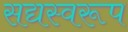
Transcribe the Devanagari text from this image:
सद्यस्वरूप